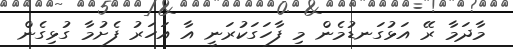
މާދަމާ ރޭ އަޅުގަނޑުމެން މި ފާހަގަކުރަނީ އާ އަހަރު ފެށުމާ ގުޅިގެން